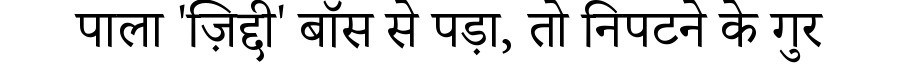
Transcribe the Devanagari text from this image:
पाला 'ज़िद्दी' बॉस से पड़ा, तो निपटने के गुर